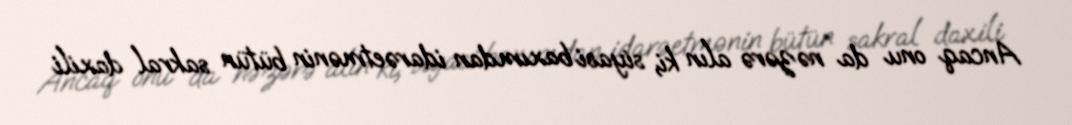
Ancaq onu da nəzərə alın ki, siyasi baxımdan idarəetmənin bütün sakral daxili